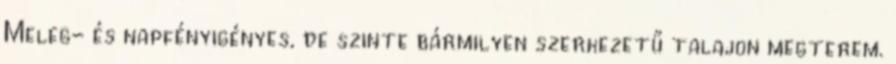
Meleg- és napfényigényes, de szinte bármilyen szerkezetű talajon megterem.